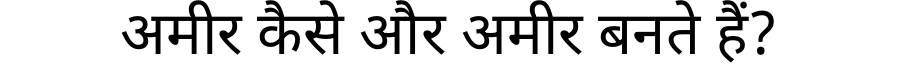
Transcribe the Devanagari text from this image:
अमीर कैसे और अमीर बनते हैं?